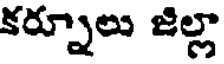
కర్నూలు జిల్లా